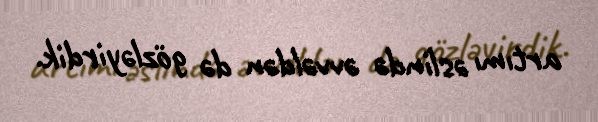
artımı əslində əvvəldən də gözləyirdik.